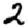
Digit: 2